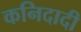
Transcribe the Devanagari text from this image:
कनिदादी